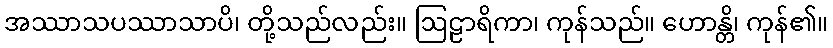
အဿာသပဿာသာပိ၊ တို့သည်လည်း။ ဩဠာရိကာ၊ ကုန်သည်။ ဟောန္တိ၊ ကုန်၏။